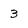
Character: 3